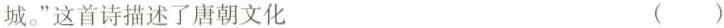
城。”这首诗描述了唐朝文化 ( )